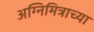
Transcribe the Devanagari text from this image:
अग्निमित्राच्या